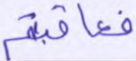
فعاقبتم